Civil Veterinary Department Bihar & Orissa reports 1911-21 - 1911-1921
Year: 1911
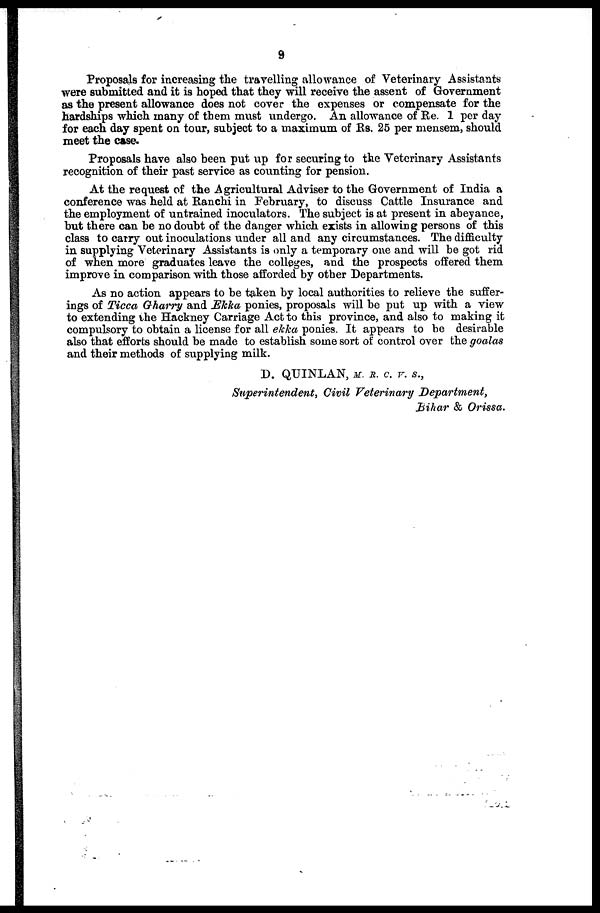
9
Proposals for increasing the travelling allowance of Veterinary Assistants
were submitted and it is hoped that they will receive the assent of Government
as the present allowance does not cover the expenses or compensate for the
hardships which many of them must undergo. An allowance of Re. 1 per day
for each day spent on tour, subject to a maximum of Rs. 25 per mensem, should
meet the case.
Proposals have also been put up for securing to the Veterinary Assistants
recognition of their past service as counting for pension.
At the request of the Agricultural Adviser to the Government of India a
conference was held at Ranchi in February, to discuss Cattle Insurance and
the employment of untrained inoculators. The subject is at present in abeyance,
but there can be no doubt of the danger which exists in allowing persons of this
class to carry out inoculations under all and any circumstances. The difficulty
in supplying Veterinary Assistants is only a temporary one and will be got rid
of when more graduates leave the colleges, and the prospects offered them
improve in comparison with those afforded by other Departments.
As no action appears to be taken by local authorities to relieve the suffer-
ings of Ticca Gharry and Ekka ponies, proposals will be put up with a view
to extending the Hackney Carriage Act to this province, and also to making it
compulsory to obtain a license for all ekka ponies. It appears to be desirable
also that efforts should be made to establish some sort of control over the goalas
and their methods of supplying milk.
D. QUINLAN, M. R. C. V. S.,
Superintendent, Civil Veterinary Department,
Bihar & Orissa.